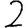
Digit: 2